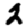
Digit: 2